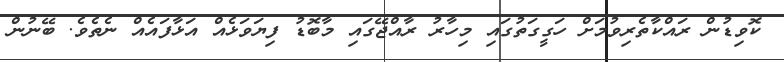
ކޮވިޑުން ރައްކާތެރިވުމަށް ހަގީގަތުގައި މިހާރު ރާއްޖޭގައި މާބޮޑު ފިޔަވަޅެއް އަޅާފައެއް ނެތެވެ. ބޭނުން